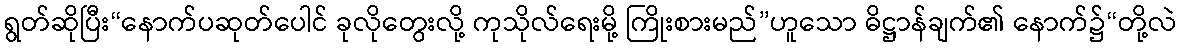
ရွတ်ဆိုပြီး“နောက်ပဆုတ်ပေါင် ခုလိုတွေးလို့ ကုသိုလ်ရေးမို့ ကြိုးစားမည်”ဟူသော ဓိဋ္ဌာန်ချက်၏ နောက်၌“တို့လဲ